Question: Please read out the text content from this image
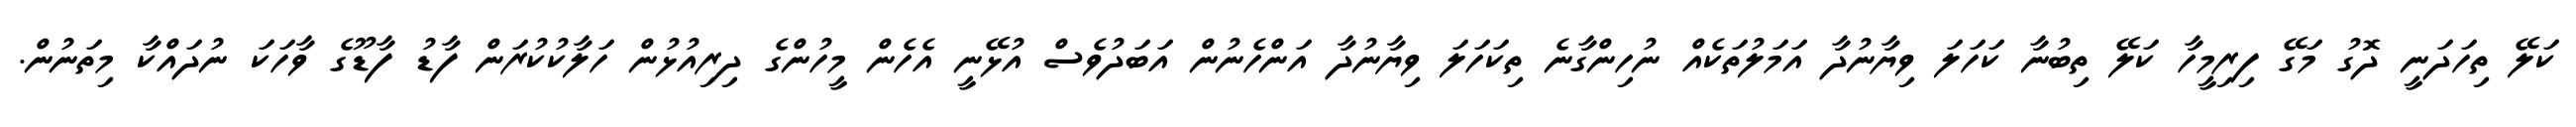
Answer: ކަލޭ ތިހަދަނީ ދޮގު މަގޭ ފިރިމީހާ ކަލޭ ތިބުނާ ކަހަލަ ވިޔާނުދާ އަމަލުތަކެއް ނުހިންގާނެ ތިކަހަލަ ވިޔާނުދާ އަންހެނުން އަބަދުވެސް އުޅޭނީ އެހެން މީހުންގެ ދިރިއުޅުން ހަލާކުކުރަން ފާޑު ފާޑޫގެ ވާހަކަ ނުދައްކާ މިތަނުން.